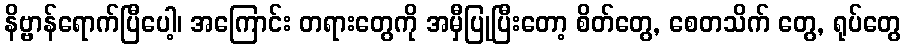
နိဗ္ဗာန်ရောက်ပြီပေါ့၊ အကြောင်း တရားတွေကို အမှီပြုပြီးတော့ စိတ်တွေ, စေတသိက် တွေ, ရုပ်တွေ